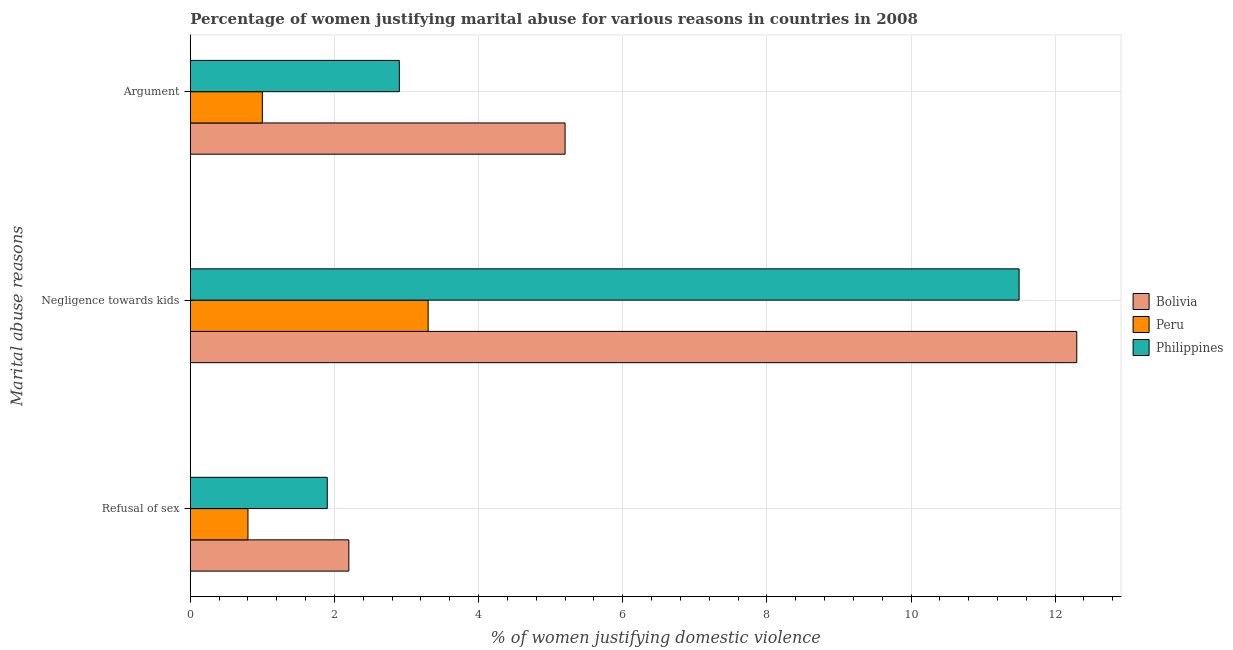
| Marital abuse reasons | Bolivia | Peru | Philippines |
 | --- | --- | --- | --- |
 | Refusal of sex | 2.2 | 0.8 | 1.9 |
 | Negligence towards kids | 12.3 | 3.3 | 11.5 |
 | Argument | 5.2 | 1 | 2.9 |